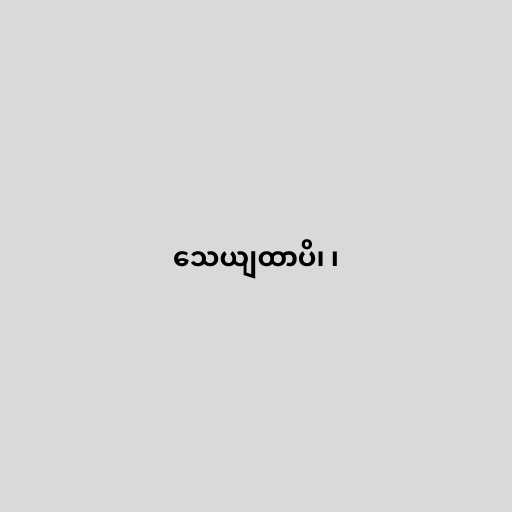
သေယျထာပိ၊ ၊